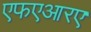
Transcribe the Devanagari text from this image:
एफएआरए